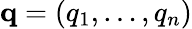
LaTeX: \mathbf{q}=(q_{1},\dots,q_{n})